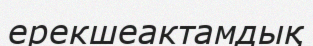
ерекшеактамдық